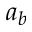
a _ { b }